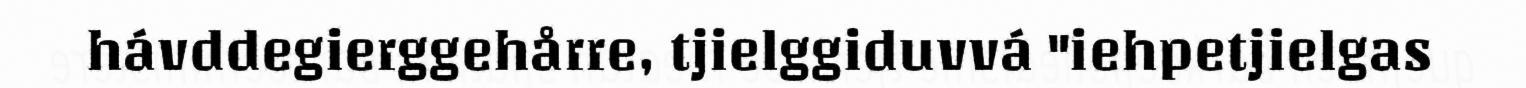
hávddegierggehårre, tjielggiduvvá "iehpetjielgas